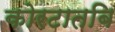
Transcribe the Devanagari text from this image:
कोरटातबि